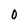
Character: 0